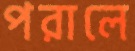
পরালে